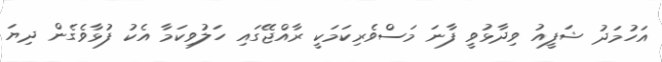
އަހުމަދު ޝަފީއު ވިދާޅުވީ ފާނަ މަސްވެރިކަމަކީ ރާއްޖޭގައި ހަލުވިކަމާ އެކު ފުޅާވެގެން ދިޔަ